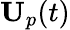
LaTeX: \mathbf{U}_{p}(t)